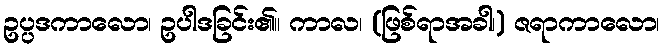
ဥပ္ပဒကာလော၊ ဥပါဒခြင်း၏။ ကာလ၊ (ဖြစ်ရာအခါ၊) ဇရာကာလော၊